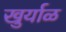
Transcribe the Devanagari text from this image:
खुर्याळ